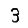
Digit: 3